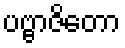
ပဗ္ဗာဇိတော